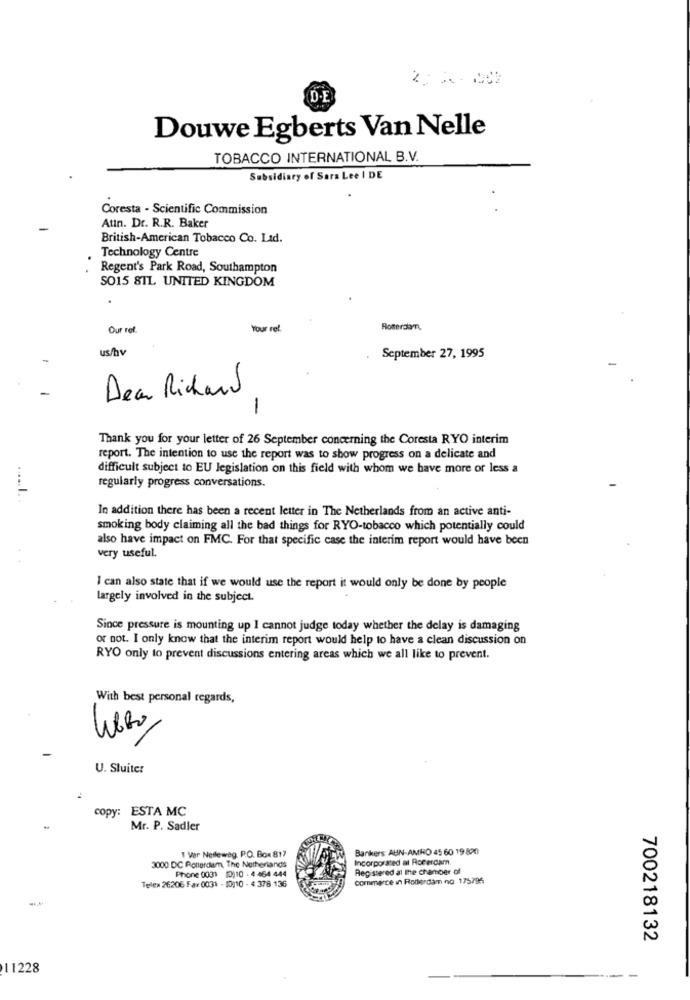
D.E
Douwe Egberts Van Nelle
TOBACCO INTERNATIONAL B.V.
Subsidiary of Sara Lee I DE
Coresta - Scientific Commission
Attn. Dr. R.R. Baker
British-American Tobacco Co. Ltd.
Technology Centre
Regent's Park Road, Southampton
SO15 8TL UNITED KINGDOM
Our ref.
Your rel.
Rotterstor
us/hv
September 27, 1995
Dear Richard
-
Thank you for your letter of 26 September concerning the Coresta RYO interim
report. The intention to use the report was to show progress on a delicate and
difficult subject to EU legislation on this field with whom we have more or less a
regularly progress conversations.
..... .. .
In addition there has been a recent letter in The Netherlands from an active anti-
smoking body claiming all the bad things for RYO-tobacco which potentially could
also have impact on FMC. For that specific case the interim report would have been
very useful.
I can also state that if we would use the report it would only be done by people
largely involved in the subject.
Since pressure is mounting up I cannot judge today whether the delay is damaging
or not. I only know that the interim report would help to have a clean discussion on
RYO only to prevent discussions entering areas which we all like to prevent.
With best personal regards,
U. Sluiter
copy: ESTA MC
Mr. P. Sadler
I Var Neflewag. P.O. Box 817
Bankers AUN-AMRO 45 60 19 820
Incorporated al Rocercam.
3000 DC Rotterdam, The Netherlands
Phone 0031 (0)10 - 4 464 444
Registered at the chamber of
commerce in Rotterdam no 175795
Telex 26206 Fax 0031 - (0)10 - 4 378 136
700218132
11228
----